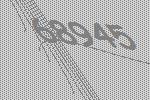
68945